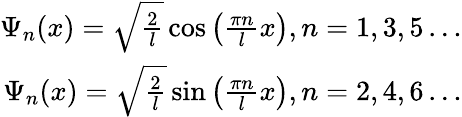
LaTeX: \begin{array}{r}{\Psi_{n}(x)=\sqrt{\frac{2}{l}}\cos\left(\frac{\pi n}{l}x\right),n=1,3,5\ldots}\\ {\Psi_{n}(x)=\sqrt{\frac{2}{l}}\sin\left(\frac{\pi n}{l}x\right),n=2,4,6\ldots}\end{array}